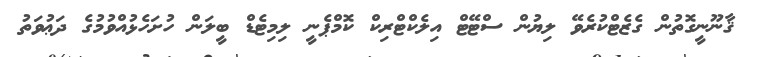
ޤާނޫނީގޮތުން ގެޒެޓްކުރެވޭ ލިޔުން ސްޓޭޓް އިލެކްޓްރިކް ކޮމްޕެނީ ލިމިޓެޑް ބީލަން ހުށަހެޅުއްވުމުގެ ދަޢުވަތު